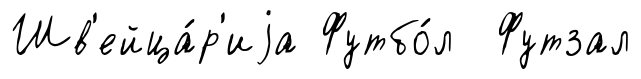
Шв'ейца́р'иjа Футбо́л Футзал